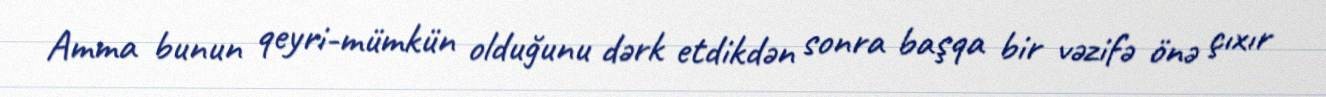
Amma bunun qeyri-mümkün olduğunu dərk etdikdən sonra başqa bir vəzifə önə çıxır